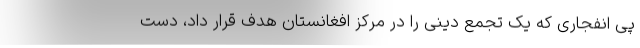
پی انفجاری که یک تجمع دینی را در مرکز افغانستان هدف قرار داد، دست